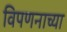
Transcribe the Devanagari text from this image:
विपणनाच्या